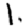
Digit: 1